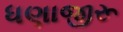
ધણાજીરૂ